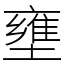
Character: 壅